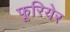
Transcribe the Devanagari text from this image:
फूरियेर